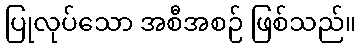
ပြုလုပ်သော အစီအစဉ် ဖြစ်သည်။